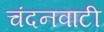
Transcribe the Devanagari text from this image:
चंदनवाटी